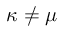
\kappa \neq \mu